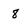
Character: 8